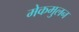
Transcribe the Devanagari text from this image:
मेकमुलन